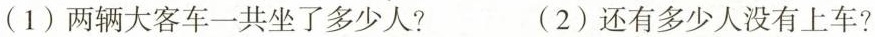
(1)两辆大客车一共坐了多少人? (2)还有多少人没有上车?